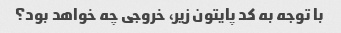
با توجه به کد پایتون زیر، خروجی چه خواهد بود؟